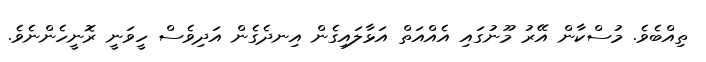
ތިއްބެވެ. މުސްކާން އޭރު މޫނުގައި އެއްއަތް އަޅާލައިގެން އިނދެގެން އަދިވެސް ހީވަނީ ރޮނީހެންނެވެ.